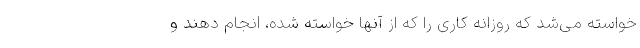
خواسته می‌شد که روزانه کاری را که از آنها خواسته شده، انجام دهند و